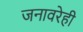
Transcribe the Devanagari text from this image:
जनावरेही